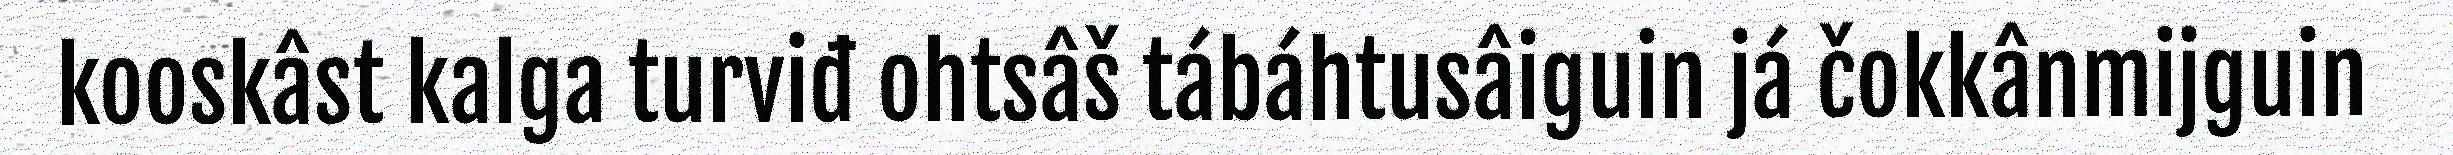
kooskâst kalga turviđ ohtsâš tábáhtusâiguin já čokkânmijguin